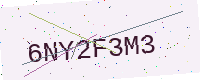
Text: 6NY2F3M3